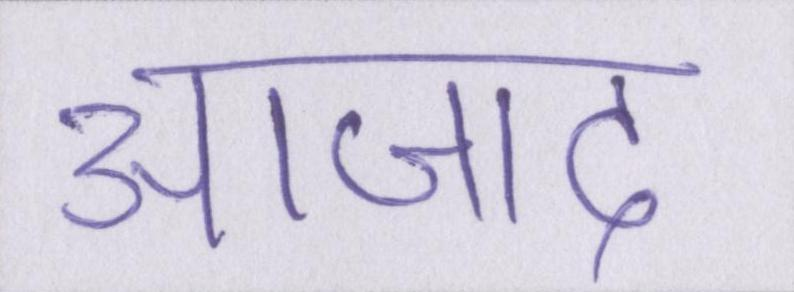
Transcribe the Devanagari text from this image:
आजाद